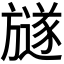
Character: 𣄚